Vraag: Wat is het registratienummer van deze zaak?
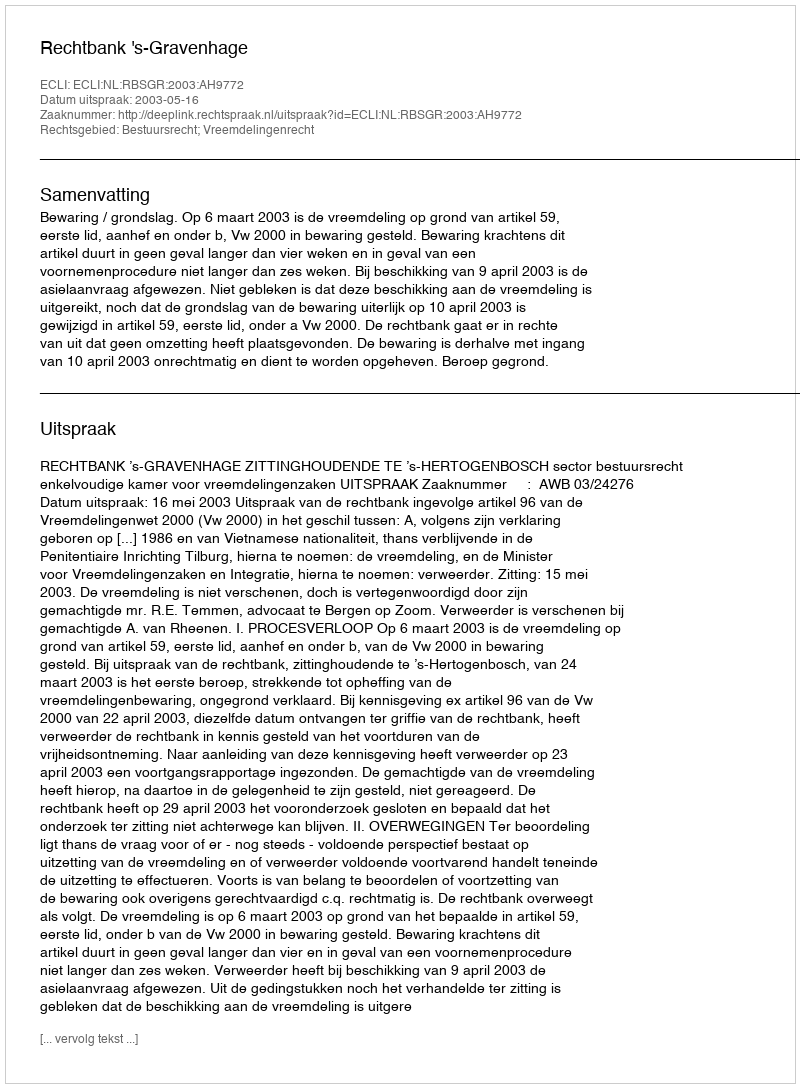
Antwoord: http://deeplink.rechtspraak.nl/uitspraak?id=ECLI:NL:RBSGR:2003:AH9772